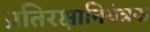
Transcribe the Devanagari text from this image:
प्रतिरक्षानियंत्रक